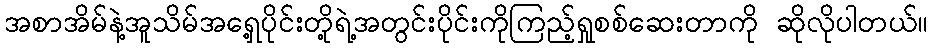
အစာအိမ်နဲ့အူသိမ်အရှေ့ပိုင်းတို့ရဲ့အတွင်းပိုင်းကိုကြည့်ရှုစစ်ဆေးတာကို ဆိုလိုပါတယ်။